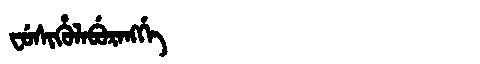
Manchu: ᠸᡠᠰᡳᡥᡠᠯᠠᠪᡠᡵᠠᠩᡤᡝ
Romanization: FUSIHULABURANGGE